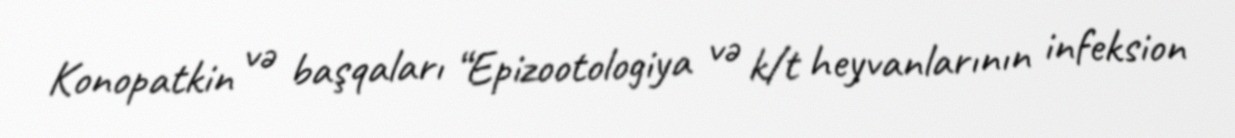
Konopatkin və başqaları “Epizootologiya və k/t heyvanlarının infeksion